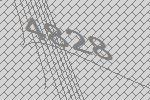
4828